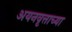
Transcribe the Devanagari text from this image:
अयनवृत्ताच्या